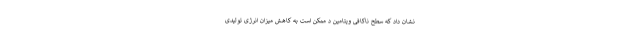
نشان داد که سطح ناکافی ویتامین د ممکن است به کاهش میزان انرژی تولیدی